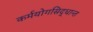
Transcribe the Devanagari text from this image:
कर्मयोगसिद्धान्त